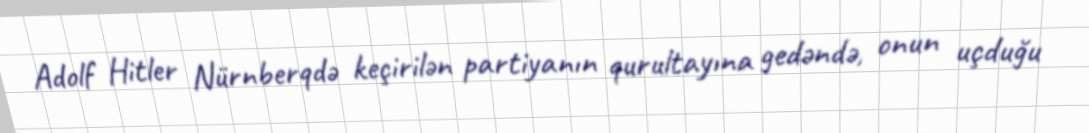
Adolf Hitler Nürnberqdə keçirilən partiyanın qurultayına gedəndə, onun uçduğu